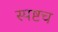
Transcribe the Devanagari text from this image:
स्पष्टच